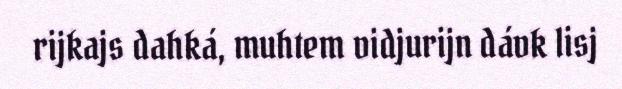
rijkajs dahká, muhtem vidjurijn dávk lisj